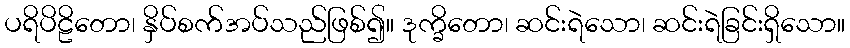
ပရိပိဠိတော၊ နှိပ်စက်အပ်သည်ဖြစ်၍။ ဒုက္ခိတော၊ ဆင်းရဲသော၊ ဆင်းရဲခြင်းရှိသော။